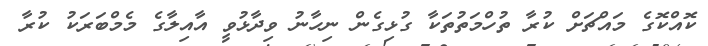
ކޮއްކޮގެ މައްޗަށް ކުރާ ތުހްމަތުތަކާ ގުޅިގެން ނިހާނު ވިދާޅުވީ އާއިލާގެ މެމްބަރަކު ކުރާ